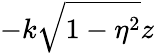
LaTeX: -k\sqrt{1-\eta^{2}}z